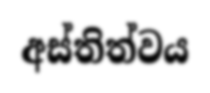
අස්තිත්වය